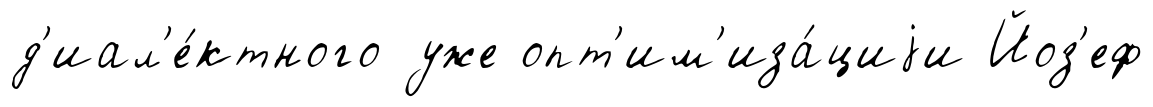
д'иал'е́ктного уже опт'им'иза́циjи Йоз'еф